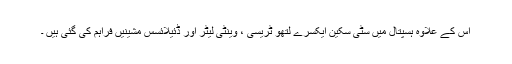
اس کے علاوہ ہسپتال میں سٹی سکین ایکسرے لتھو ٹریسی ، وینٹی لیٹر اور ڈئیلائسس مشینیں فراہم کی گئی ہیں ۔